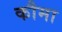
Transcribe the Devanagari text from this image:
कौमा